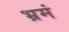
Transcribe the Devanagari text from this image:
भ्रमं